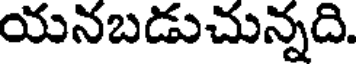
యనబడుచున్నది.